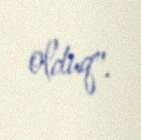
olduq".